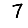
Digit: 7